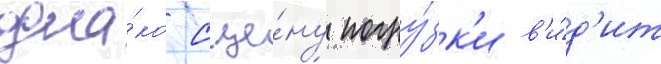
одна́ко сце́ну погру́зк'и в'и́д'ит